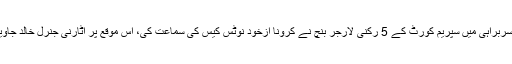
نجی ٹی وی کی رپورٹ کے مطابق چیف جسٹس گلزار احمد کی سربراہی میں سپریم کورٹ کے 5 رکنی لارجر بنچ نے کرونا ازخود نوٹس کیس کی سماعت کی، اس موقع پر اٹارنی جنرل خالد جاوید خان اور چیئرمین این ڈی ایم اے عدالت کے سامنے پیش ہوئے۔